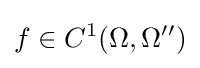
f\in C^{1}(\Omega ,\Omega '')